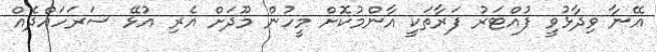
އޭނާ ވިދާޅުވީ ފުއްޓަރު ފަރާތަކީ އާންމުކޮށް މީހުން މޫދަށް އެރި އުޅޭ ސަރަހައްދެއް